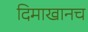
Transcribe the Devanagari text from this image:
दिमाखानच